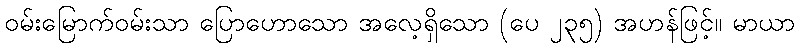
ဝမ်းမြောက်ဝမ်းသာ ပြောဟောသော အလေ့ရှိသော (ပေ ၂၃၅) အဟန်ဖြင့်။ မာယာ